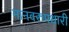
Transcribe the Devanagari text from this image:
मानवरुपधारी